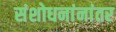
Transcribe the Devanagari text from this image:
संशोधनांनांतर